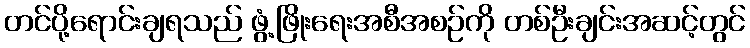
တင်ပို့ရောင်းချရသည် ဖွံ့ဖြိုးရေးအစီအစဉ်ကို တစ်ဦးချင်းအဆင့်တွင်